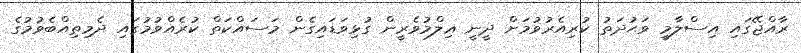
ރާއްޖޭގައި އިސްލާމީ ވަޙުދަތު ކުރިއެރުވުމަށް ދީނީ ޢިލްމުވެރީން ގުޅިވަޑައިގެން މަސައްކަތް ކުރެއްވުމުގައި ދެމިތިއްބެވުމުގެ